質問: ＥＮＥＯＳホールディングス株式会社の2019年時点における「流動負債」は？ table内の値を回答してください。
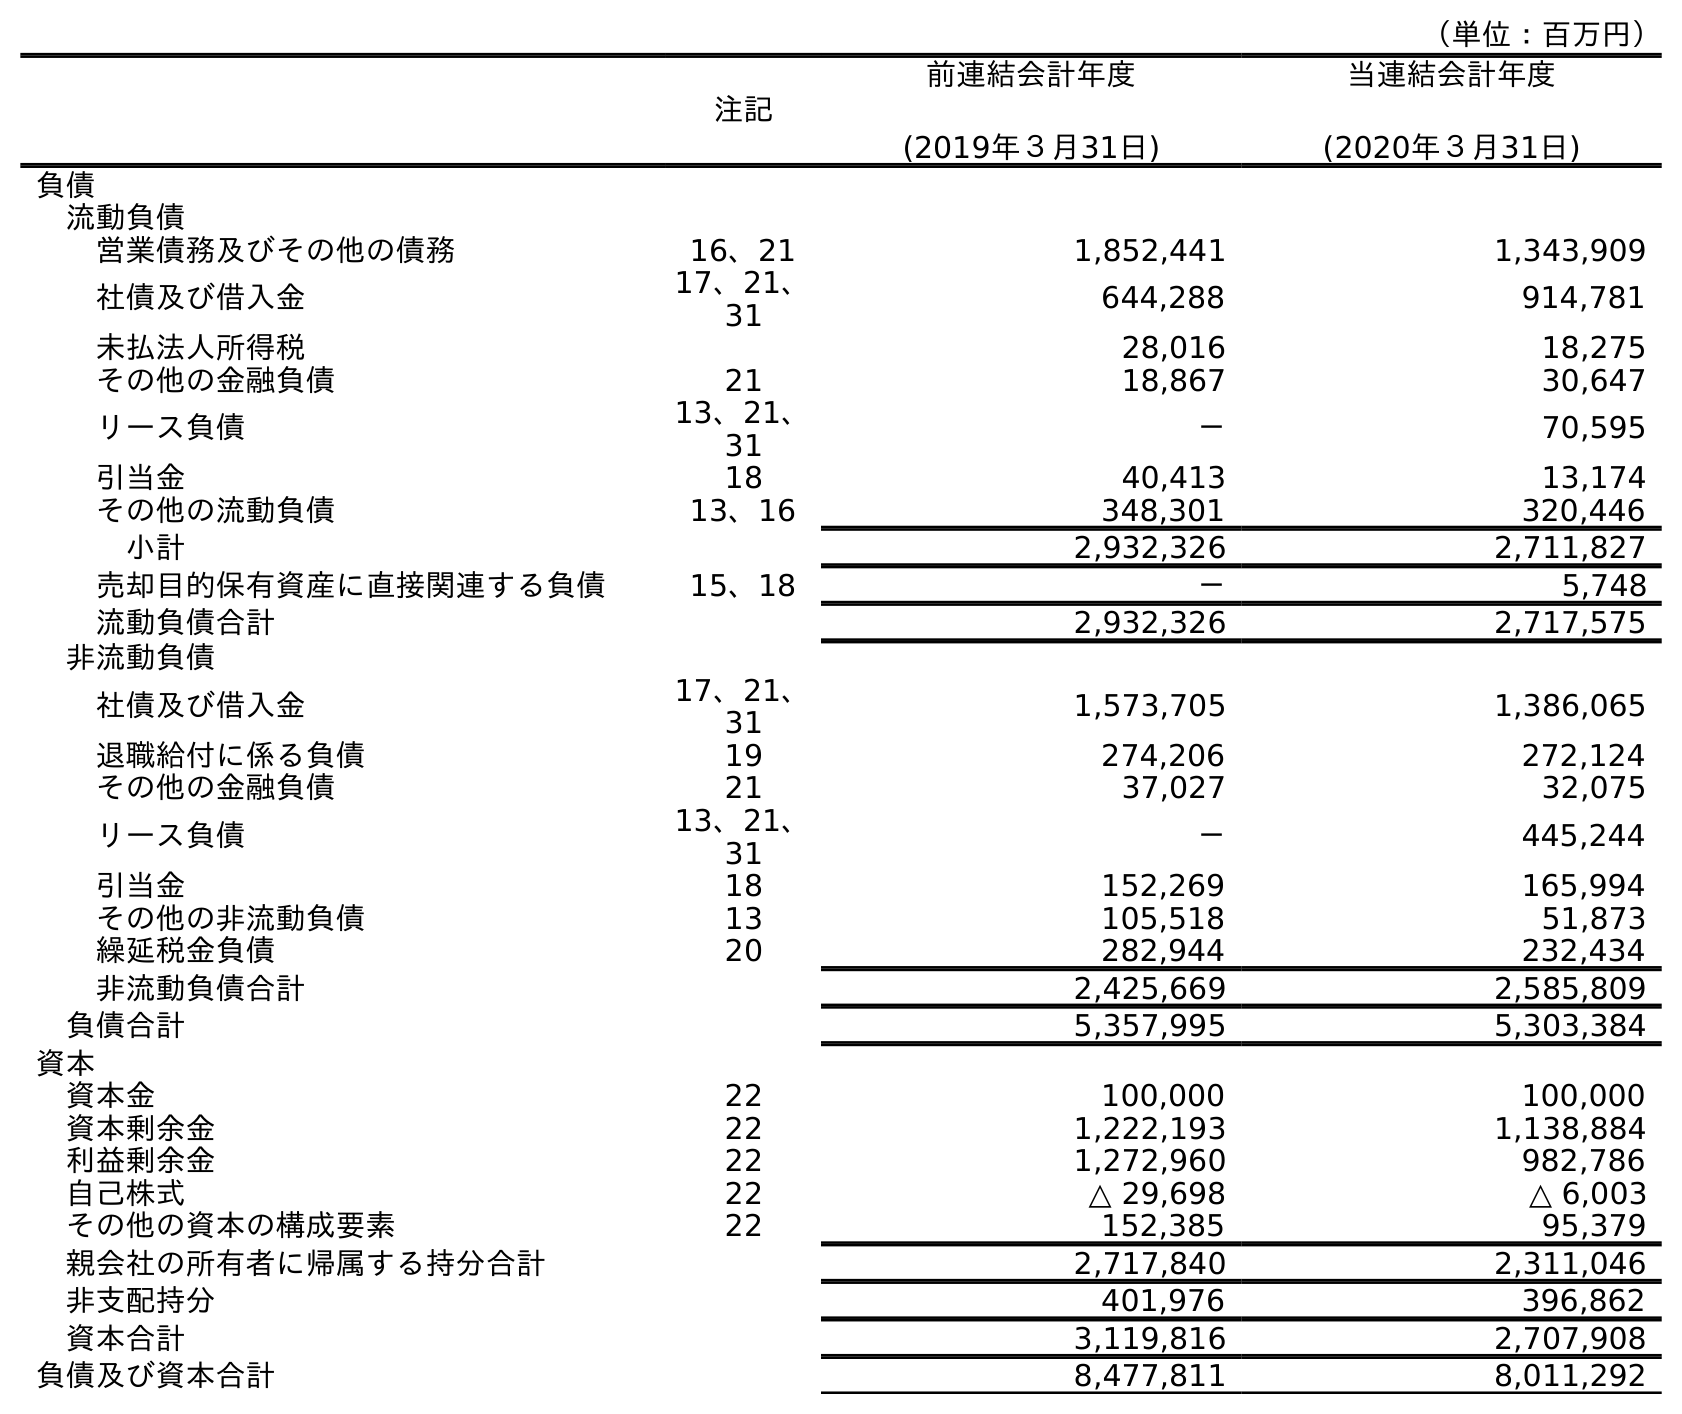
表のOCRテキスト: （単位：百万円） 注記 前連結会計年度 (2019年３月31日) 当連結会計年度 (2020年３月31日) 負債 流動負債 営業債務及びその他の債務 16、21 1,852,441 1,343,909 社債及び借入金 17、21、 31 644,288 914,781 未払法人所得税 28,016 18,275 その他の金融負債 21 18,867 30,647 リース負債 13、21、 31 － 70,595 引当金 18 40,413 13,174 その他の流動負債 13、16 348,301 320,446 小計 2,932,326 2,711,827 売却目的保有資産に直接関連する負債 15、18 － 5,748 流動負債合計 2,932,326 2,717,575 非流動負債 社債及び借入金 17、21、 31 1,573,705 1,386,065 退職給付に係る負債 19 274,206 272,124 その他の金融負債 21 37,027 32,075 リース負債 13、21、 31 － 445,244 引当金 18 152,269 165,994 その他の非流動負債 13 105,518 51,873 繰延税金負債 20 282,944 232,434 非流動負債合計 2,425,669 2,585,809 負債合計 5,357,995 5,303,384 資本 資本金 22 100,000 100,000 資本剰余金 22 1,222,193 1,138,884 利益剰余金 22 1,272,960 982,786 自己株式 22 △ 29,698 △ 6,003 その他の資本の構成要素 22 152,385 95,379 親会社の所有者に帰属する持分合計 2,717,840 2,311,046 非支配持分 401,976 396,862 資本合計 3,119,816 2,707,908 負債及び資本合計 8,477,811 8,011,292
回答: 2,932,326